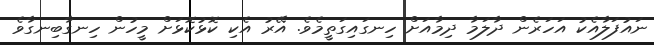
ނައުފަލާއެކު އަހަރެން ދާލަމާ ދިމާއަށް ހިނގައިގަތީމެވެ. އޭރު އެކި ކޮޅުކޮޅަށް މީހުން ހިނގާބިނގާވެ